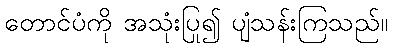
တောင်ပံကို အသုံးပြု၍ ပျံသန်းကြသည်။